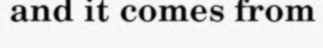
and it comes from